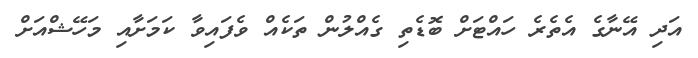
އަދި އޭނާގެ އެތެރެ ހައްޓަށް ބޮޑެތި ގެއްލުން ތަކެއް ވެފައިވާ ކަމަށާއި މަހޭޝްއަށް